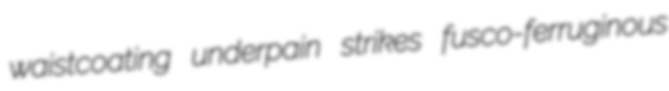
waistcoating underpain strikes fusco-ferruginous